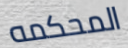
المحكمه